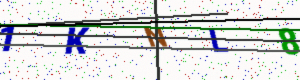
Text: 1KNL8